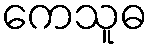
ကေသူဓ